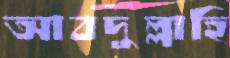
আবদুল্লাহি